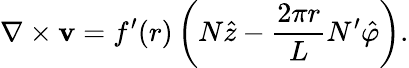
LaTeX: \nabla\times{\mathbf v}=f^{\prime}(r)\left(N\hat{z}-\frac{2\pi r}LN^{\prime}\hat{\varphi}\right).